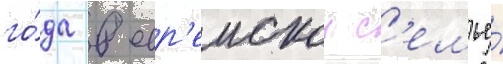
го́да в евр'еискои с'емье́